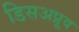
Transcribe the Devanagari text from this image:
डिसअप्रूव